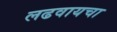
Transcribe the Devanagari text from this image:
लढवायचा